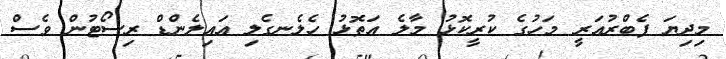
މިދިޔަ ފެބްރުއަރީ މަހުގެ ކުރީކޮޅު މާލެ އަތޮޅު ހެލެނގެލި އައިލެންޑް ރިސޯޓުން ވެސް